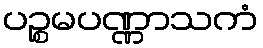
ပဉ္စမပဏ္ဏာသကံ